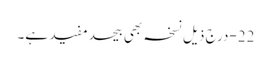
22-درج ذیل نسخہ بھی بیحدمفید ہے۔